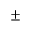
\pm